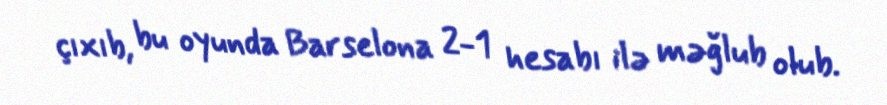
çıxıb, bu oyunda Barselona 2-1 hesabı ilə məğlub olub.